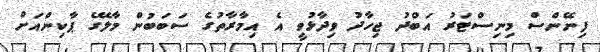
ފިނޭންސް މިނިސްޓަރު އަބްދު ޖިހާދު ވިދާޅުވީ އެ އިމާރާތުގެ ސަބަބުން މާލޭގެ ޕާކިންއަށް